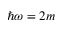
\hbar \omega = 2 m